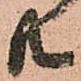
共